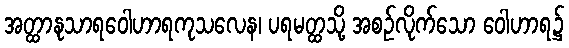
အတ္ထာနုသာရဝေါဟာရကုသလေန၊ ပရမတ္ထသို့ အစဉ်လိုက်သော ဝေါဟာရ၌